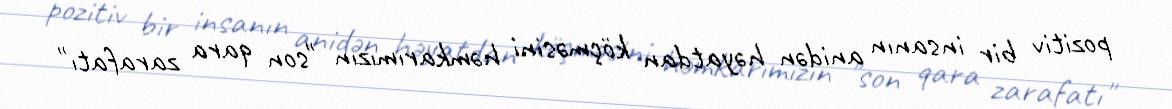
pozitiv bir insanın anidən həyatdan köçməsini həmkarımızın "son qara zarafatı"